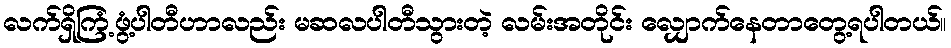
လက်ရှိကြံ့ဖွံ့ပါတီဟာလည်း မဆလပါတီသွားတဲ့ လမ်းအတိုင်း လျှောက်နေတာတွေ့ရပါတယ်။